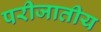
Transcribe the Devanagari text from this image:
परीजातीय